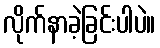
လိုက်နာခဲ့ခြင်းပါပဲ။